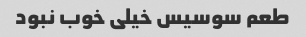
طعم سوسیس خیلی خوب نبود